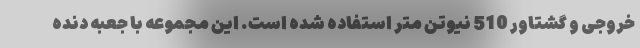
خروجی و گشتاور 510 نیوتن متر استفاده شده است. این مجموعه با جعبه دنده